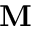
\mathbf { M }